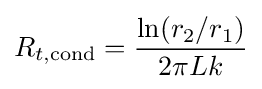
{R_{t,\mathrm {cond} }={\ln(r_{2}/r_{1}) \over 2\pi Lk}}